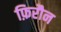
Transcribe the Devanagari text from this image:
फ़िरौन